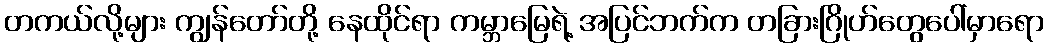
တကယ်လို့များ ကျွန်တော်တို့ နေထိုင်ရာ ကမ္ဘာမြေရဲ့ အပြင်ဘက်က တခြားဂြိုဟ်တွေပေါ်မှာရော